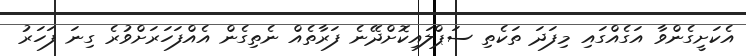
އެކަށީގެންވާ އަގެއްގައި މިފަދަ ތަކެތި ސަޕްލައިކޮށްދޭނެ ފަރާތެއް ނެތިގެން އެއްފަހަރަށްވުރެ ގިނަ ފަހަރު